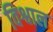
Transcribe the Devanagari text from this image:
विश्वाल